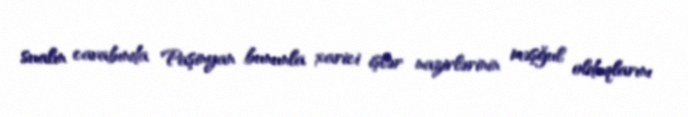
sualın cavabında Paşinyan bununla xarici işlər nazirlərinin məşğul olduqlarını